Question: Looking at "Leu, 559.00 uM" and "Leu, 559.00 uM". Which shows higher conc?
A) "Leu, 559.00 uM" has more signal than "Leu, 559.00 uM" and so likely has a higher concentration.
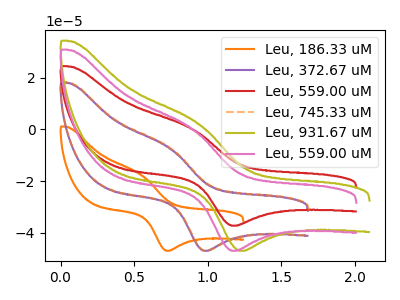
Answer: <think>The orange curve "Leu, 186.33 uM" has an anodic peak at (0.55V, -17.50uA) and a cathodic peak at (0.75V, -46.90uA). The purple curve "Leu, 372.67 uM" has an anodic peak at (0.75V, -7.10uA) and a cathodic peak at (1.00V, -46.90uA). The red curve "Leu, 559.00 uM" has an anodic peak at (0.90V, 0.55uA) and a cathodic peak at (1.20V, -37.20uA). The orange dashed curve "Leu, 745.33 uM" has an anodic peak at (0.75V, -6.95uA) and a cathodic peak at (1.00V, -46.90uA). The olive curve "Leu, 931.67 uM" has an anodic peak at (0.90V, 2.85uA) and a cathodic peak at (1.25V, -46.90uA). The pink curve "Leu, 559.00 uM" has an anodic peak at (0.90V, 0.70uA) and a cathodic peak at (1.20V, -46.90uA).
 All the peaks in "Leu, 559.00 uM" have a peak in "Leu, 559.00 uM" at the same potential. Every peak in "Leu, 559.00 uM" is higher than every peak in "Leu, 559.00 uM".</think>
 <answer>A) "Leu, 559.00 uM" has more signal than "Leu, 559.00 uM" and so likely has a higher concentration.</answer>
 <eval>A</eval>